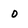
Character: 0